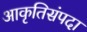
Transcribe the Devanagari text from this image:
आकृतिसंपदा